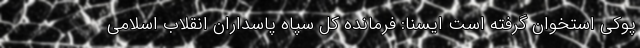
پوکی استخوان گرفته است ایسنا: فرمانده کل سپاه پاسداران انقلاب اسلامی